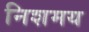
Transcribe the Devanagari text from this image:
निशमय